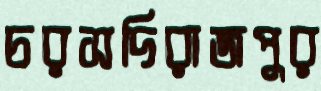
চরসদিরাজপুর